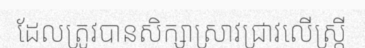
ដែលត្រូវបានសិក្សាស្រាវជ្រាវលើស្ត្រី